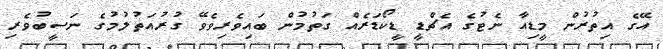
އޭގެ އިތުރުން މީޑިއާ ނެޓުގެ އެޗްޑީ ޑީކޯޑަރެއް ގަތުމުން ބައިވެރިވެވޭ ގުރުއަތުލުމުގެ ނަސީބުވެރި